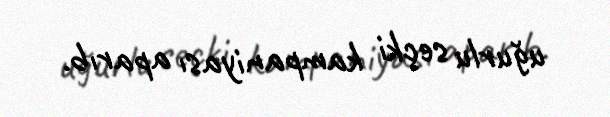
uğurlu seçki kampaniyası aparıb.